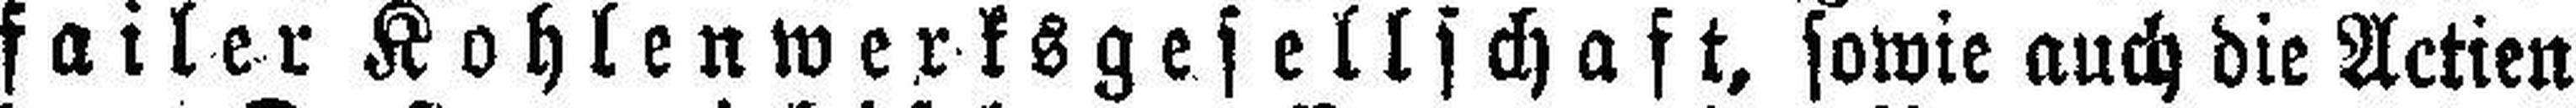
failer Kohlenwerksgesellschaft, sowie auch die Actien